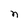
Character: n